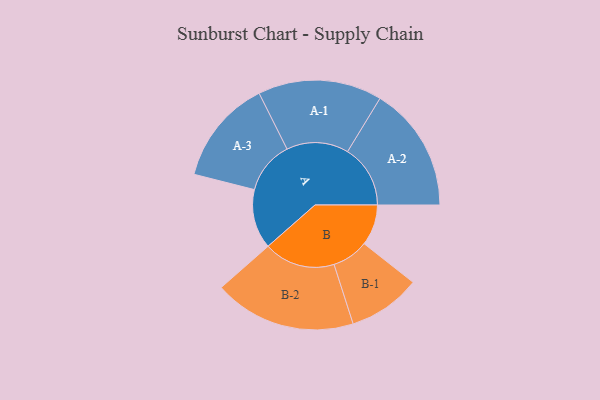
{"axis": {"x": "Segment", "y": "Value"}, "legend": ["", "A", "B"], "data": [{"x": "A", "y": 234, "type": ""}, {"x": "B", "y": 161, "type": ""}, {"x": "A-1", "y": 244, "type": "A"}, {"x": "A-2", "y": 247, "type": "A"}, {"x": "A-3", "y": 207, "type": "A"}, {"x": "B-1", "y": 143, "type": "B"}, {"x": "B-2", "y": 280, "type": "B"}]}